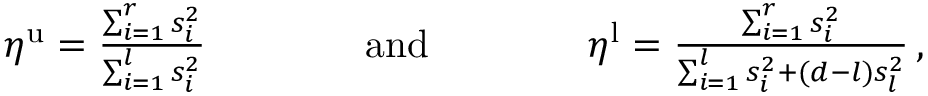
\begin{array} { r } { \eta ^ { \mathrm { u } } = \frac { \sum _ { i = 1 } ^ { r } s _ { i } ^ { 2 } } { \sum _ { i = 1 } ^ { l } s _ { i } ^ { 2 } } \qquad \qquad \mathrm { a n d } \qquad \qquad \eta ^ { \mathrm { l } } = \frac { \sum _ { i = 1 } ^ { r } s _ { i } ^ { 2 } } { \sum _ { i = 1 } ^ { l } s _ { i } ^ { 2 } + ( d - l ) s _ { l } ^ { 2 } } \, , } \end{array}